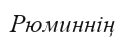
Рюминнің